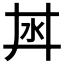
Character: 𣲜